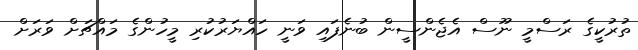
ތުރުކީގެ ރަސްމީ ނޫސް އެޖެންސީން ބުނެފައި ވަނީ ހައްޔަރުކުރި މީހުންގެ މައްޗަށް ވަރަށް